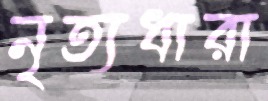
নৃত্যধারা